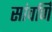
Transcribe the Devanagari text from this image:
सांवर्णि